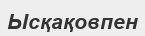
Ысқақовпен